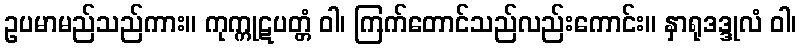
ဥပမာမည်သည်ကား။ ကုက္ကုဋပတ္တံ ဝါ၊ ကြက်တောင်သည်လည်းကောင်း။ နှာရုဒဒ္ဒုလံ ဝါ၊